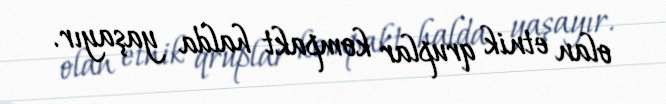
olan etnik qruplar kompakt halda yaşayır.